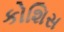
કોશિસ